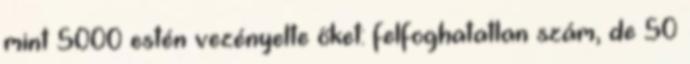
mint 5000 estén vezényelte őket: felfoghatatlan szám, de 50